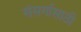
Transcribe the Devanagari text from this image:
संसर्गासाठी